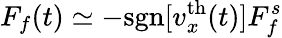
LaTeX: F_{f}(t)\simeq-\mathrm{sgn}[v_{x}^{\mathrm{th}}(t)]F_{f}^{s}